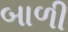
બાળી